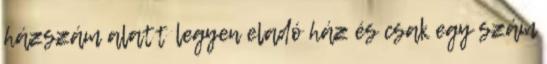
házszám alatt legyen eladó ház és csak egy szám